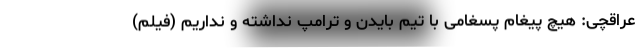
عراقچی: هیچ پیغام پسغامی با تیم بایدن و ترامپ نداشته و نداریم (فیلم)